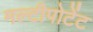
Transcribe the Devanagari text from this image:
मल्टीपोटेंट